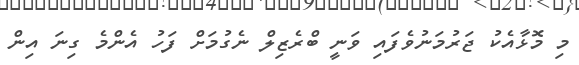
މި މޮޅާއެކު ޖަރުމަނުވެފައި ވަނީ ބްރެޒިލް ނެގުމަށް ފަހު އެންމެ ގިނަ އިން